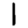
Digit: 1